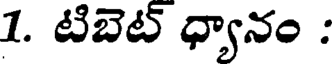
1. టిబెట్ ధ్యానం :